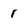
Character: 1